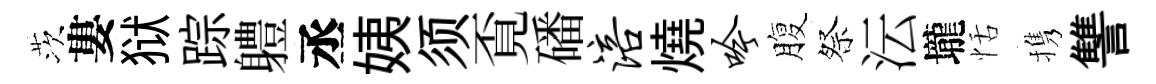
茨婁狱踪軆丞姨须覔磻涪燒吟腹祭沄壠恬携讐